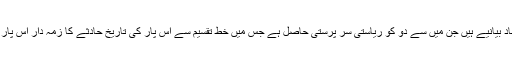
تقسیم یا بٹورا ہے تو ایک تاریخی واقعہ مگر اس پر متضاد بیانیے ہیں جن میں سے دو کو ریاستی سر پرستی حاصل ہے جس میں خطِ تقسیم سے اس پار کی تاریخ حادثے کا زمہ دار اُس پار کو ٹھراتی ہے جبکہ اُس پار کی تاریخ اس کے برعکس۔